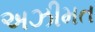
અઝીમત